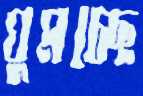
ঘুমচ্ছে